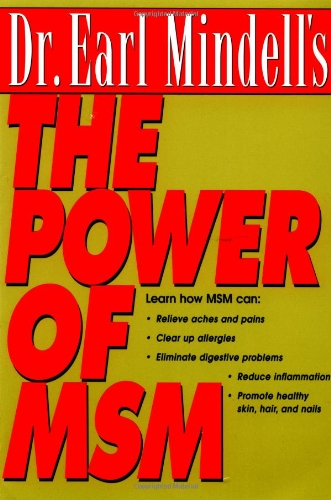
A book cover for Dr. Earl Mindell's The Power of MSM; Earl Mindell; Medical Books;